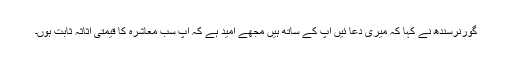
گورنرسندھ نے کہا کہ میری دعا ئیں آپ کے ساتھ ہیں مجھے امید ہے کہ آپ سب معاشرہ کا قیمتی اثاثہ ثابت ہوں۔